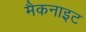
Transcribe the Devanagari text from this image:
मैकनाइट